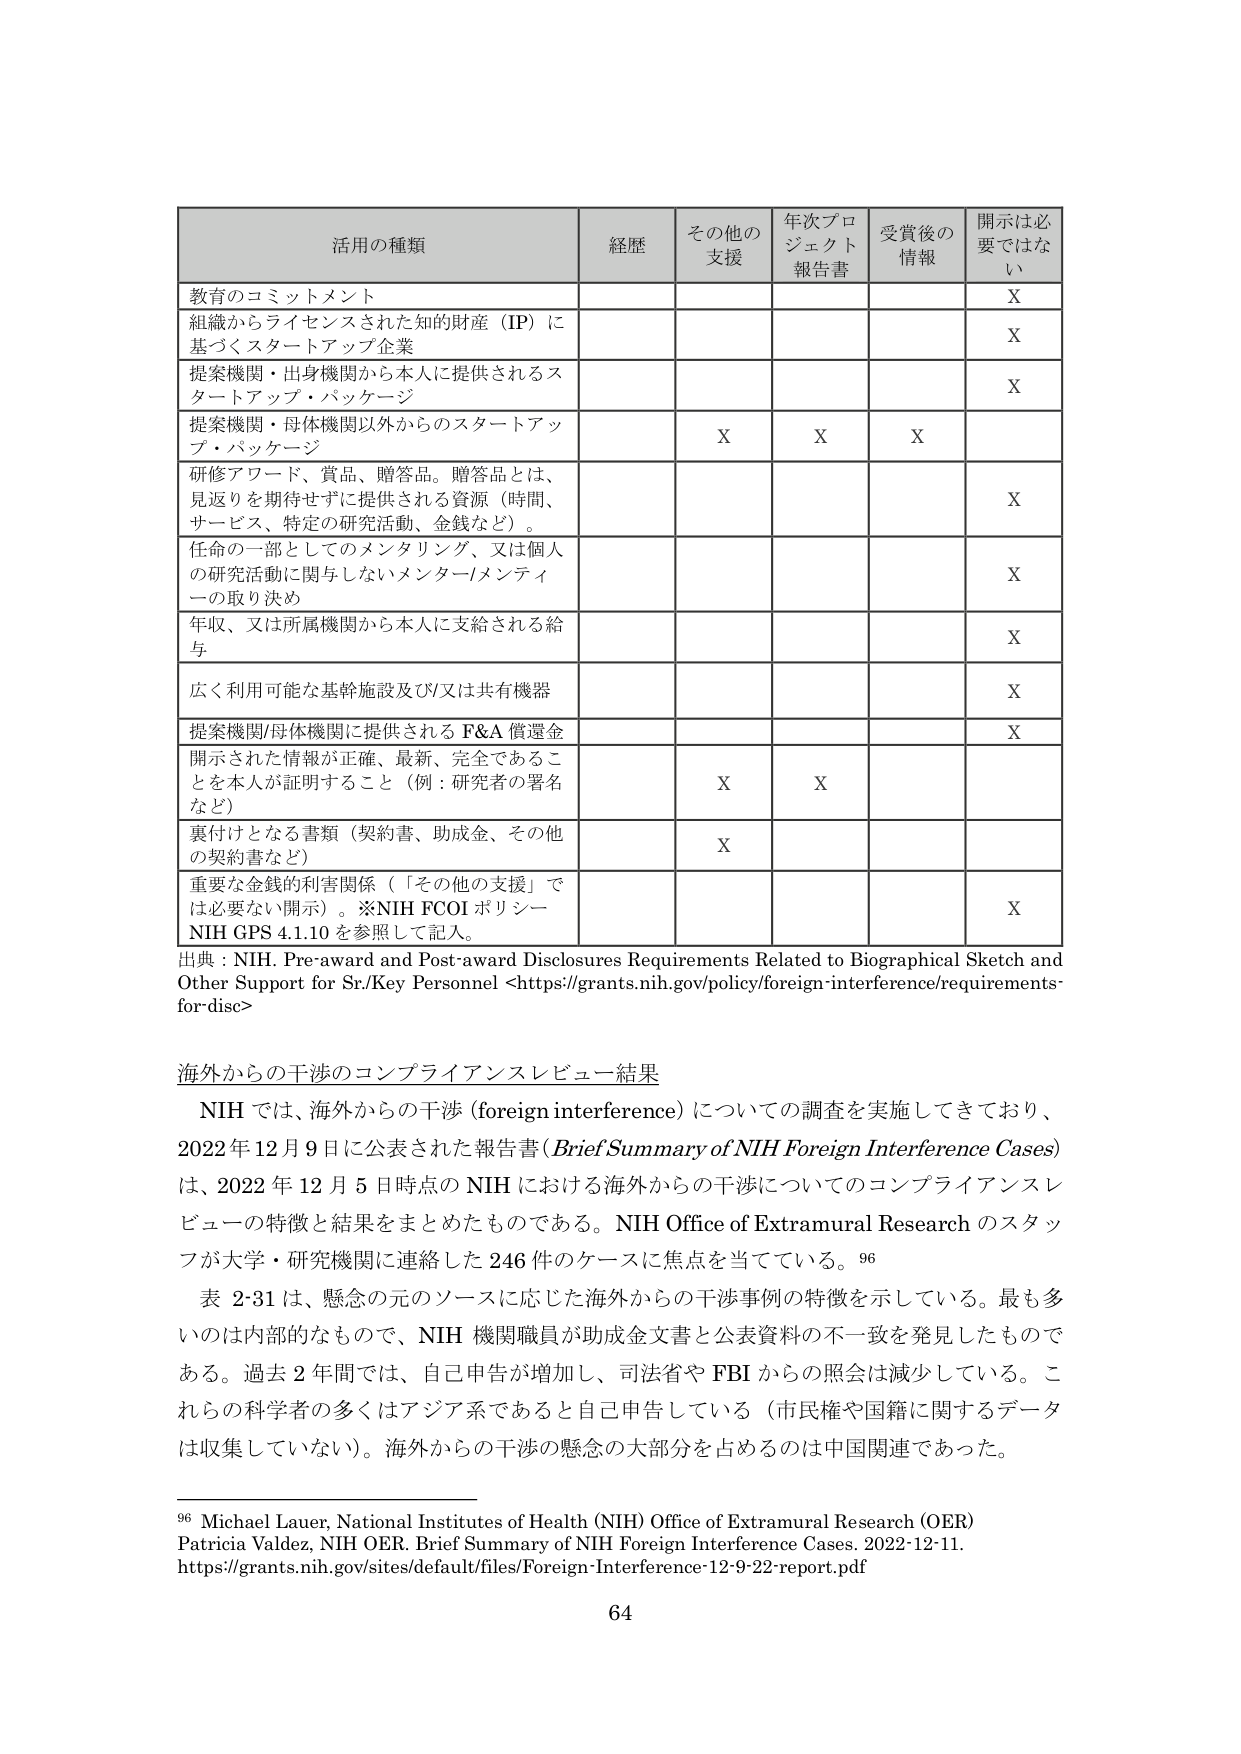
活用の種類 経歴 その他の支援 年次プロジェクト報告書 受賞後の情報 開示は必要ではない
教育のコミットメント X
組織からライセンスされた知的財産（IP）に基づくスタートアップ企業 X
提案機関・出身機関から本人に提供されるスタートアップ・パッケージ X
提案機関・母体機関以外からのスタートアップ・パッケージ X X X
研修アワード、賞品、贈答品。贈答品とは、見返りを期待せずに提供される資源（時間、サービス、特定の研究活動、金銭など）。 X
任命の一部としてのメンタリング、又は個人の研究活動に関与しないメンター/メンティーロの取り決め X
年収、又は所属機関から本人に支給される給与 X
広く利用可能な基幹施設及び又は共有機器 X
提案機関/母体機関に提供される F&A 償還金 X
開示された情報が正確、最新、完全であることを本人が証明すること（例：研究者の署名など） X X
裏付けとなる書類（契約書、助成金、その他の契約書など） X
重要な金銭的利害関係（「その他の支援」では必要ない開示）。※NIH FCOI ポリシー NIH GPS 4.1.10 を参照して記入。 X
出典：NIH. Pre-award and Post-award Disclosures Requirements Related to Biographical Sketch and Other Support for Sr./Key Personnel <https://grants.nih.gov/policy/foreign-interference/requirements-for-disc>

海外からの干渉のコンプライアンスレビュー結果
NIH では、海外からの干渉 (foreign interference) についての調査を実施してきており、2022 年 12 月 9 日に公表された報告書 (Brief Summary of NIH Foreign Interference Cases) は、2022 年 12 月 5 日時点の NIH における海外からの干渉についてのコンプライアンスレビューの特徴と結果をまとめたものである。NIH Office of Extramural Research のスタッフが大学・研究機関に連絡した 246 件のケースに焦点を当てている。96
表 2-31 は、懸念の元のソースに応じた海外からの干渉事例の特徴を示している。最も多いのは内部的なもので、NIH 機関職員が助成金文書と公表資料の不一致を発見したものである。過去 2 年間では、自己申告が増加し、司法省や FBI からの照会は減少している。これらの科学者の多くはアジア系であると自己申告している（市民権や国籍に関するデータは収集していない）。海外からの干渉の懸念の大部分を占めるのは中国関連であった。

96 Michael Lauer, National Institutes of Health (NIH) Office of Extramural Research (OER) Patricia Valdez, NIH OER. Brief Summary of NIH Foreign Interference Cases. 2022-12-11. https://grants.nih.gov/sites/default/files/Foreign-Interference-12-9-22-report.pdf
64